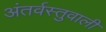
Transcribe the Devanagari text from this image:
अंतर्वस्तुवाली